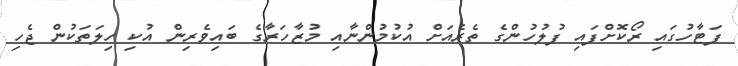
ފަޓާހުގައި ރޯކޮށްފައި ފުލުހުންގެ ތެރެއަށް އުކުމުންނާއި މުޒާހަރާގެ ބައިވެރިން އުކި ހިލަތަކުން ޖެހި